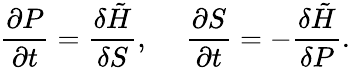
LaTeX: \frac{\partial P}{\partial t}=\frac{\delta\tilde{H}}{\delta S},~~~~~\frac{\partial S}{\partial t}=-\frac{\delta\tilde{H}}{\delta P}.